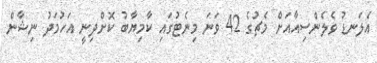
އެލަނޑު ވެލެންސިއާއަށް މެޗުގެ 42 ވަނަ މިނެޓުގައި ކާމިޔާބު ކޮށްދިނީ އަހުމަދު ނިޝާން